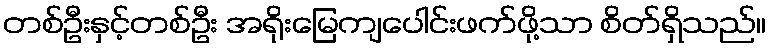
တစ်ဦးနှင့်တစ်ဦး အရိုးမြေကျပေါင်းဖက်ဖို့သာ စိတ်ရှိသည်။